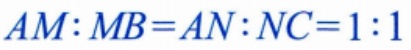
\(AM:MB = AN:NC = 1:1\)